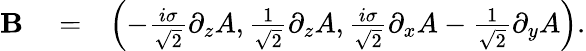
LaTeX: \begin{array}{rlr}{{\mathbf B}}&{{}=}&{\left(-\frac{i\sigma}{\sqrt{2}}\partial_{z}A,\frac{1}{\sqrt{2}}\partial_{z}A,\frac{i\sigma}{\sqrt{2}}\partial_{x}A-\frac{1}{\sqrt{2}}\partial_{y}A\right).}\end{array}